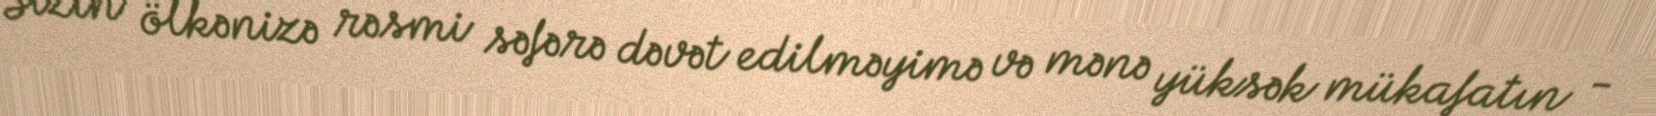
Sizin ölkənizə rəsmi səfərə dəvət edilməyimə və mənə yüksək mükafatın -